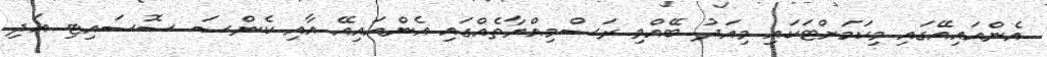
އެންއައިއޭގައި މިކަމަށްޓަކައި މިއަދު ބޭއްވި ރަސްމިއްޔާތެއްގައި އެންއައިއޭ އާއި ކެންސަ ސޮސައިޓި އަދި